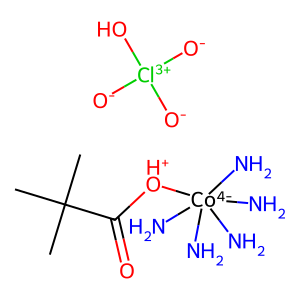
SMILES: CC(C)(C)C(=O)[OH+][Co-4](N)(N)(N)(N)N.[O-][Cl+3]([O-])([O-])O
Inhibits HIV replication: No